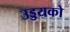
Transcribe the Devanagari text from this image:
उड्डयको